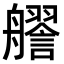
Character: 𧭔